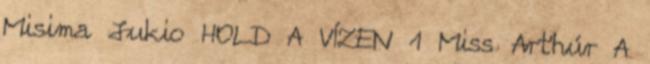
Misima Jukio HOLD A VÍZEN 1 Miss Art'húr A